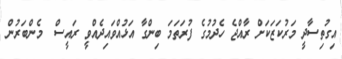
އިގުތިސާދީ މަރުކަޒަކަށް ރާއްޖެ ހެދުމުގެ ފުރަތަމަ ބިންގާ އަޅުއްވައިދެއްވީ ރައީސް  މެންބަރުން